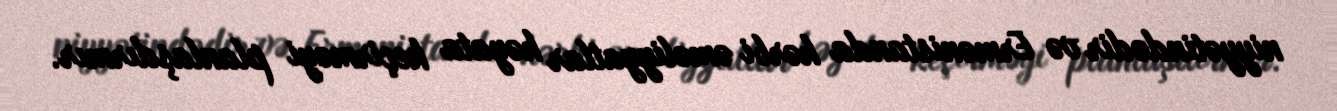
niyyətindədir və Ermənistanda hərbi əməliyyatlar həyata keçirməyi planlaşdırmır.